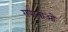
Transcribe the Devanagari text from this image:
गणानाओं